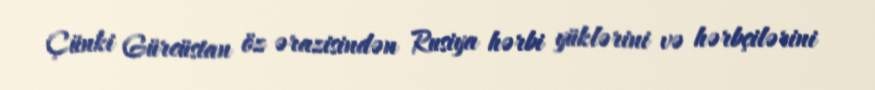
Çünki Gürcüstan öz ərazisindən Rusiya hərbi yüklərini və hərbçilərini